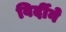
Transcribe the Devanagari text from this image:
विर्दीने